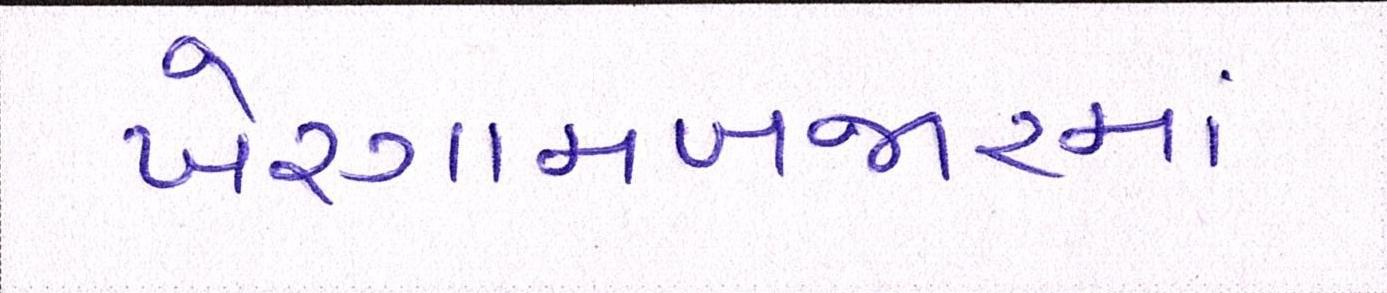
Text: ખેરગામબજારમાં